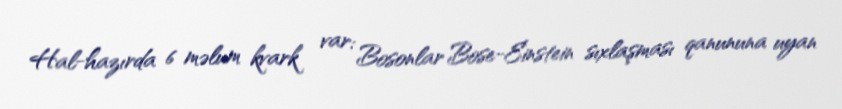
Hal-hazırda 6 məlum kvark var: Bosonlar Bose-Einstein sıxlaşması qanununa uyan